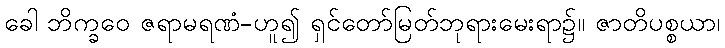
ခေါ ဘိက္ခဝေ ဇရာမရဏံ-ဟူ၍ ရှင်တော်မြတ်ဘုရားမေးရာ၌။ ဇာတိပစ္စယာ၊